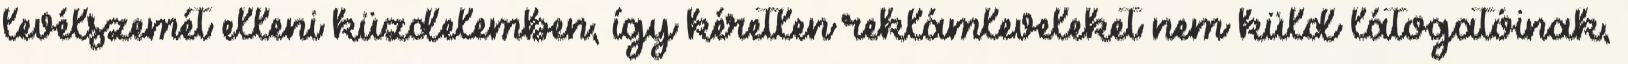
levélszemét elleni küzdelemben, így kéretlen reklámleveleket nem küld látogatóinak,